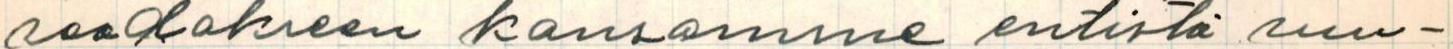
saadakseen kansamme entistä suu-